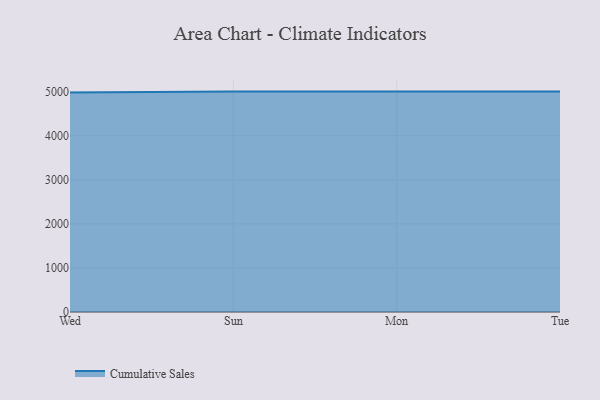
{"axis": {"x": "Day", "y": "Latency (ms)"}, "legend": ["Cumulative Sales"], "data": [{"x": "Wed", "y": 4979.7, "type": "Cumulative Sales"}, {"x": "Sun", "y": 5000, "type": "Cumulative Sales"}, {"x": "Mon", "y": 5000, "type": "Cumulative Sales"}, {"x": "Tue", "y": 5000, "type": "Cumulative Sales"}]}